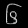
Digit: ၆